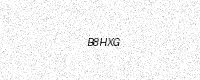
Text: B8HXG